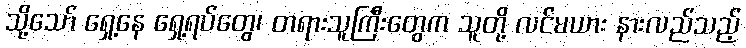
သို့သော် ရှေ့နေ ရှေ့ရပ်တွေ၊ တရားသူကြီးတွေက သူတို့ လင်မယား နားလည်သည့်